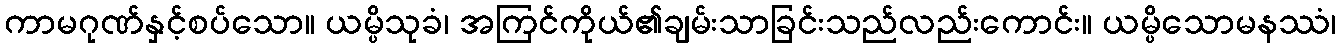
ကာမဂုဏ်နှင့်စပ်သော။ ယမ္ပိသုခံ၊ အကြင်ကိုယ်၏ချမ်းသာခြင်းသည်လည်းကောင်း။ ယမ္ပိသောမနဿံ၊